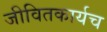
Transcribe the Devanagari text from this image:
जीवितकार्यच